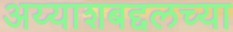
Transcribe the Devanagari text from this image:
अय्याशबद्दलच्या